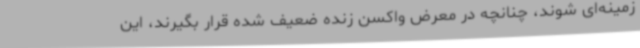
زمینه‌ای شوند، چنانچه در معرض واکسن زنده ضعیف شده قرار بگیرند، این